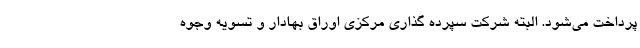
پرداخت می‌شود. البته شرکت سپرده گذاری مرکزی اوراق بهادار و تسویه وجوه